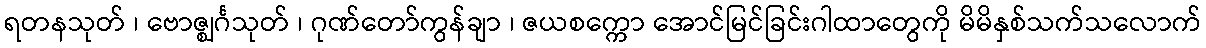
ရတနသုတ် ၊ ဗောဇ္ဈင်္ဂသုတ် ၊ ဂုဏ်တော်ကွန်ချာ ၊ ဇယစက္ကော အောင်မြင်ခြင်းဂါထာတွေကို မိမိနှစ်သက်သလောက်